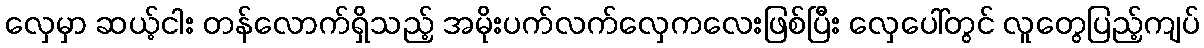
လှေမှာ ဆယ့်ငါး တန်လောက်ရှိသည့် အမိုးပက်လက်လှေကလေးဖြစ်ပြီး လှေပေါ်တွင် လူတွေပြည့်ကျပ်